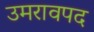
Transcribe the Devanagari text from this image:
उमरावपद